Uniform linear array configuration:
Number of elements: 4
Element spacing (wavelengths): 0.75
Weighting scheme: kaiser
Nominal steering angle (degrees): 15
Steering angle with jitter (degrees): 16.366
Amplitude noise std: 0.05
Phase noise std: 0.05

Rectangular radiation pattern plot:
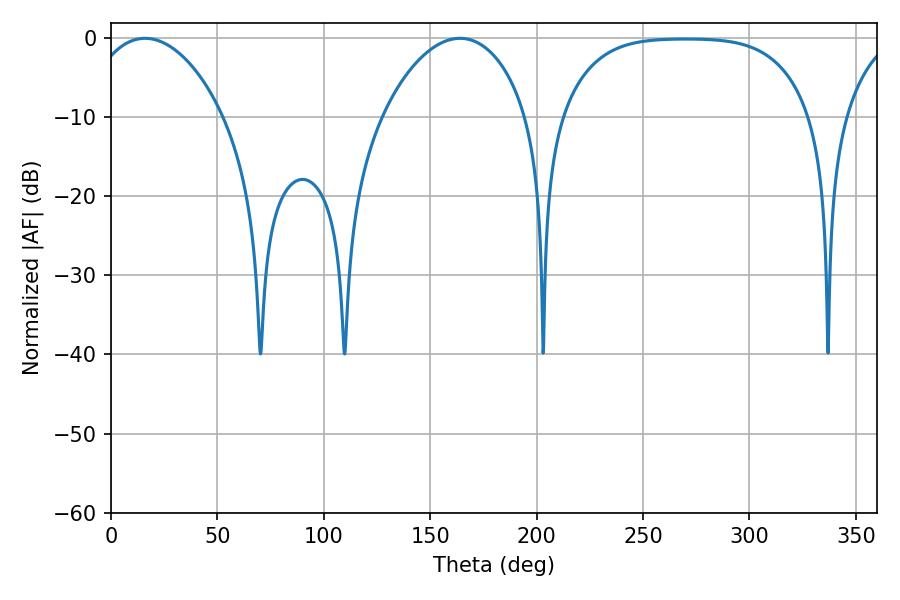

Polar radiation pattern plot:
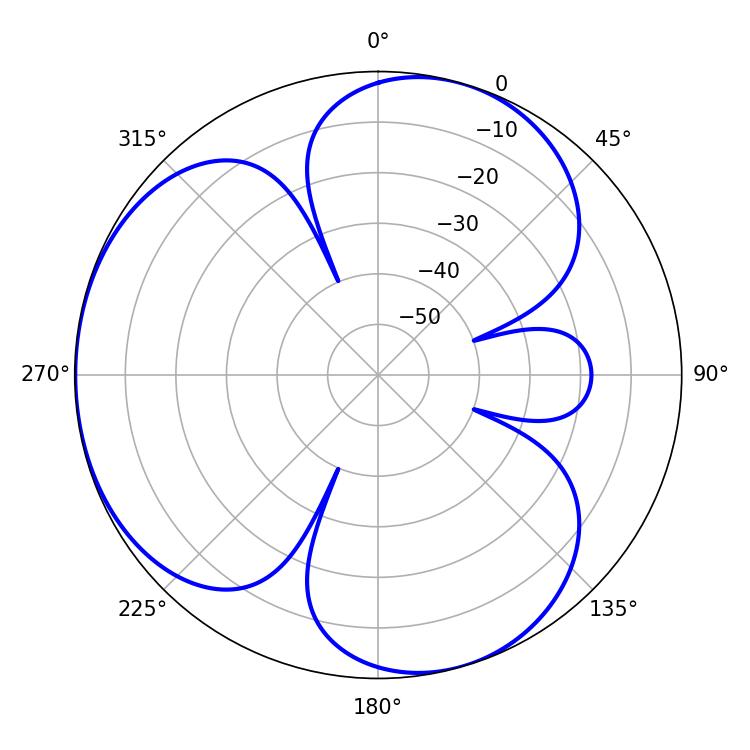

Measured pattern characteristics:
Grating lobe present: TRUE
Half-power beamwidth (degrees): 36.18
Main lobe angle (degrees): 16.02